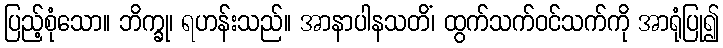
ပြည့်စုံသော။ ဘိက္ခု၊ ရဟန်းသည်။ အာနာပါနသတိံ၊ ထွက်သက်ဝင်သက်ကို အာရုံပြု၍